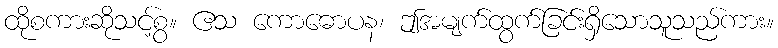
ထိုစကားဆိုသင့်စွ။ ဧသ ကောဓောပန၊ ဤအမျက်ထွက်ခြင်းရှိသောသူသည်ကား။